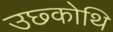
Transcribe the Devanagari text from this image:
उछ्कोथि